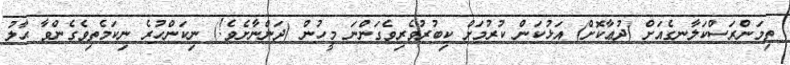
ތިމަންރަސްކަލާނގެއަށް (ދުޢާކޮށް) އަޅުކަން ކުރުމަށް ކިބުރުވެރިވެގަންނަ މީހުން (ދަންނާށެވެ!) ނިކަންހުރެ ނިކަމެތިވެގެންވާ ޙާލު